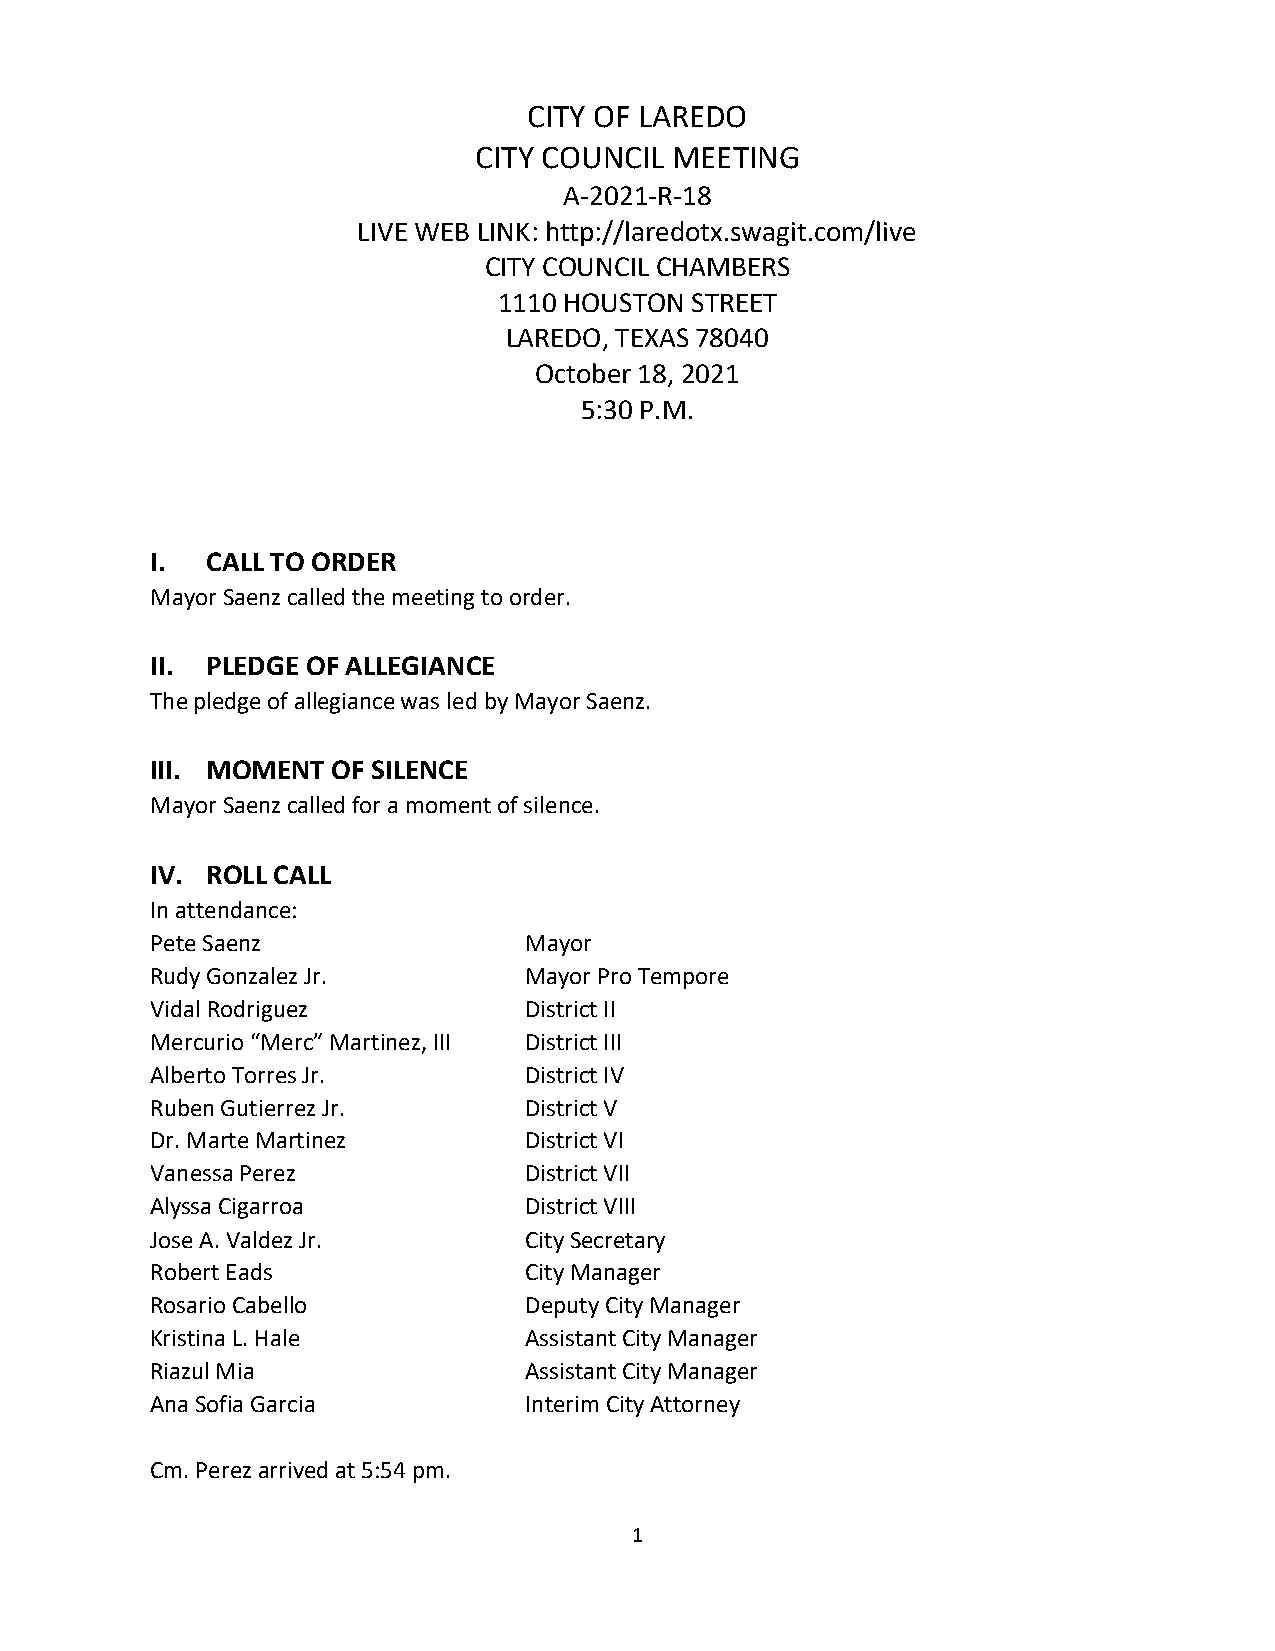
CITY OF LAREDO
 CITY COUNCIL MEETING
 A-2021-R-18
 LIVE WEB LINK: http://laredotx.swagit.com/live
 CITY COUNCIL CHAMBERS
 1110 HOUSTON STREET
 LAREDO, TEXAS 78040
 October 18, 2021
 5:30 P.M.
 I.  CALL TO ORDER
 Mayor Saenz called the meeting to order.
 II. PLEDGE OF ALLEGIANCE
 The pledge of allegiance was led by Mayor Saenz.
 III. MOMENT OF SILENCE
 Mayor Saenz called for a moment of silence.
 IV. ROLL CALL
 In attendance:
 Pete Saenz               Mayor
 Rudy Gonzalez Jr.        Mayor Pro Tempore
 Vidal Rodriguez          District II
 Mercurio “Merc” Martinez, III District III
 Alberto Torres Jr.       District IV
 Ruben Gutierrez Jr.      District V
 Dr. Marte Martinez       District VI
 Vanessa Perez            District VII
 Alyssa Cigarroa          District VIII
 Jose A. Valdez Jr.       City Secretary
 Robert Eads              City Manager
 Rosario Cabello          Deputy City Manager
 Kristina L. Hale         Assistant City Manager
 Riazul Mia               Assistant City Manager
 Ana Sofia Garcia         Interim City Attorney
 Cm. Perez arrived at 5:54 pm.
 1